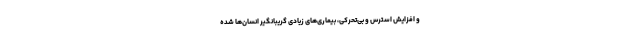
و افزایش استرس و بی‌تحرکی، بیماری‌های زیادی گریبانگیر انسان‌ها شده